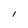
Character: l